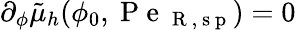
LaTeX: \partial_{\phi}\tilde{\mu}_{h}(\phi_{0},\mathrm{~P~e~}_{\mathrm{~R~,~s~p~}})=0